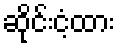
ဆိုင်းငံ့ထား